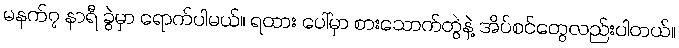
မနက်၇ နာရီ ခွဲမှာ ရောက်ပါမယ်။ ရထား ပေါ်မှာ စားသောက်တွဲနဲ့ အိပ်စင်တွေလည်းပါတယ်။